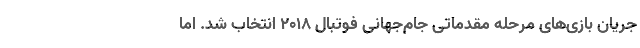
جریان بازی‌های مرحله مقدماتی جام‌جهانی فوتبال ۲۰۱۸ انتخاب شد. اما